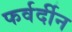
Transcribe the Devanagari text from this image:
फर्वर्दीन